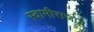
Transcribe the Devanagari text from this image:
स्वामीराजाय